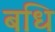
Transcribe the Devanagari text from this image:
बधि